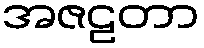
အဇဠတာ